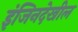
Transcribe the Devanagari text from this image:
इंजिनदेखील